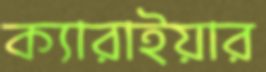
ক্যারাইয়ার